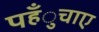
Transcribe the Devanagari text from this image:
पहँुचाए